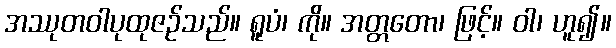
အဿုတဝါပုထုဇဉ်သည်။ ရူပံ၊ ကို။ အတ္တတော၊ ဖြင့်။ ဝါ၊ ဟူ၍။